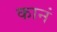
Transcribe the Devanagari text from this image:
कानं